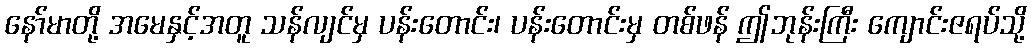
နော်မာတို့ အမေနှင့်အတူ သန်လျင်မှ ပန်းတောင်း၊ ပန်းတောင်းမှ တစ်ဖန် ဤဘုန်းကြီး ကျောင်းဇရပ်သို့